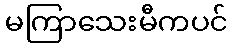
မကြာသေးမီကပင်